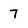
Character: 7